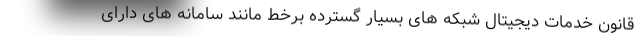
قانون خدمات دیجیتال شبکه های بسیار گسترده برخط مانند سامانه های دارای